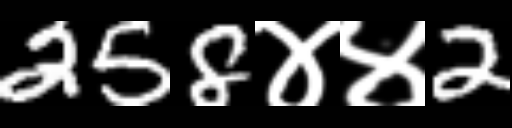
Text: 258४४2